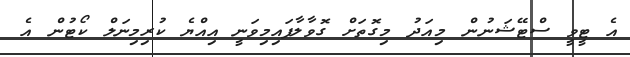
އެ ޓީވީ ސްޓޭޝަނުން މިއަދު މިގޮތަށް ގޮވާލާފައިމިވަނީ އިއްޔެ ކުރިމިނަލް ކޯޓުން އެ